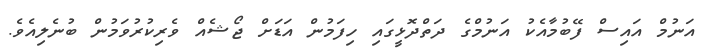
އަނުމް އައިސް ފޭބުމާއެކު އަނުމްގެ ދަތްދޮޅީގައި ހިފަމުން އަޑަށް ޖޯޝެއް ވެރިކުރުވަމުން ބުނެލިއެވެ.